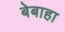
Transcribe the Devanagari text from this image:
बेबाहा